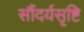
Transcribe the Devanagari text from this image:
सौंदर्यसृष्टि